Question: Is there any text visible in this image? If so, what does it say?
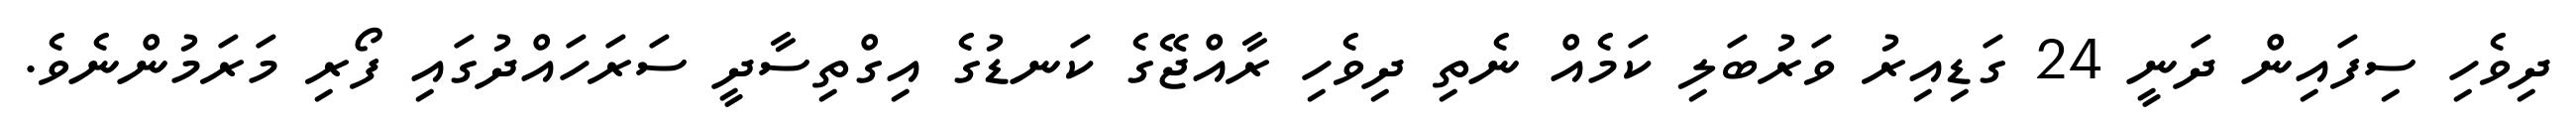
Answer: ދިވެހި ސިފައިން ދަނީ 24 ގަޑިއިރު ވަރުބަލި ކަމެއް ނެތި ދިވެހި ރާއްޖޭގެ ކަނޑުގެ އިގްތިސާދީ ސަރަހައްދުގައި ފޯރި މަރަމުންނެވެ.